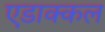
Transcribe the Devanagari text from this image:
एडाक्कल